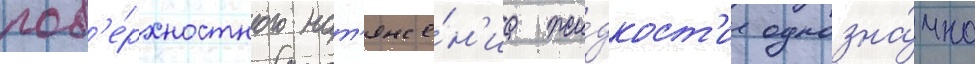
пов'е́рхностного нат'яже́н'иа жи́дкост'и однозна́чно